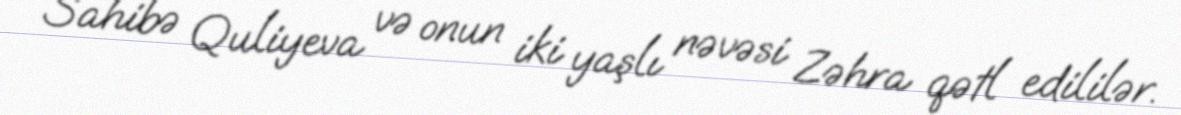
Sahibə Quliyeva və onun iki yaşlı nəvəsi Zəhra qətl edililər.